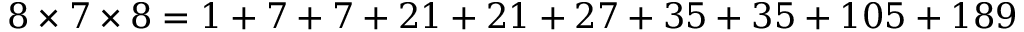
\begin{array} { r } { 8 \times 7 \times 8 = 1 + 7 + 7 + 2 1 + 2 1 + 2 7 + 3 5 + 3 5 + 1 0 5 + 1 8 9 } \end{array}